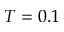
T = 0 . 1